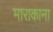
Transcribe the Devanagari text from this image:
माराकाना